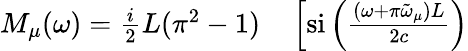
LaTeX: \begin{array}{rl}{M_{\mu}(\omega)=\frac{i}{2}L(\pi^{2}-1)}&{{}\left[\mathrm{si}\left(\frac{(\omega+\pi\tilde{\omega}_{\mu})L}{2c}\right)\right.}\end{array}